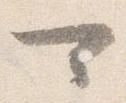
可